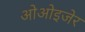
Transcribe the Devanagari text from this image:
ओओइजेर